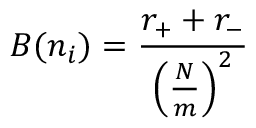
B ( n _ { i } ) = \frac { r _ { + } + r _ { - } } { \left( \frac { N } { m } \right) ^ { 2 } }